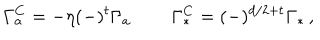
\Gamma _ { a } ^ { C } = - \eta ( - ) ^ { t } \Gamma _ { a } \, \qquad \Gamma _ { * } ^ { C } = ( - ) ^ { d / 2 + t } \Gamma _ { * } \, ,